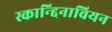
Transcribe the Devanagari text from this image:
स्कान्द्दिनावियन